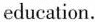
education.